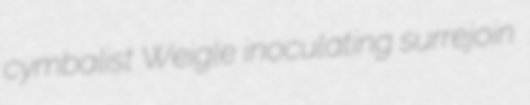
cymbalist Weigle inoculating surrejoin